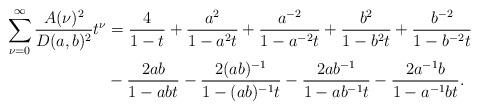
LaTeX: \begin{align*}\sum_{\nu=0}^{\infty} \frac{A(\nu)^2}{D(a, b)^2} t^{\nu}& = \frac{4}{1-t} + \frac{a^2}{1-a^2t} + \frac{a^{-2}}{1-a^{-2}t} + \frac{b^2}{1-b^2t} + \frac{b^{-2}}{1-b^{-2}t}\\& - \frac{2ab}{1-abt} - \frac{2(ab)^{-1}}{1-(ab)^{-1}t}- \frac{2ab^{-1}}{1-ab^{-1}t} - \frac{2a^{-1}b}{1-a^{-1}bt}.\end{align*}